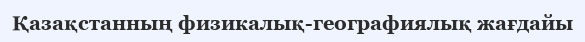
Қазақстанның физикалық-географиялық жағдайы